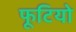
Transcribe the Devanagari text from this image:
फूटियो